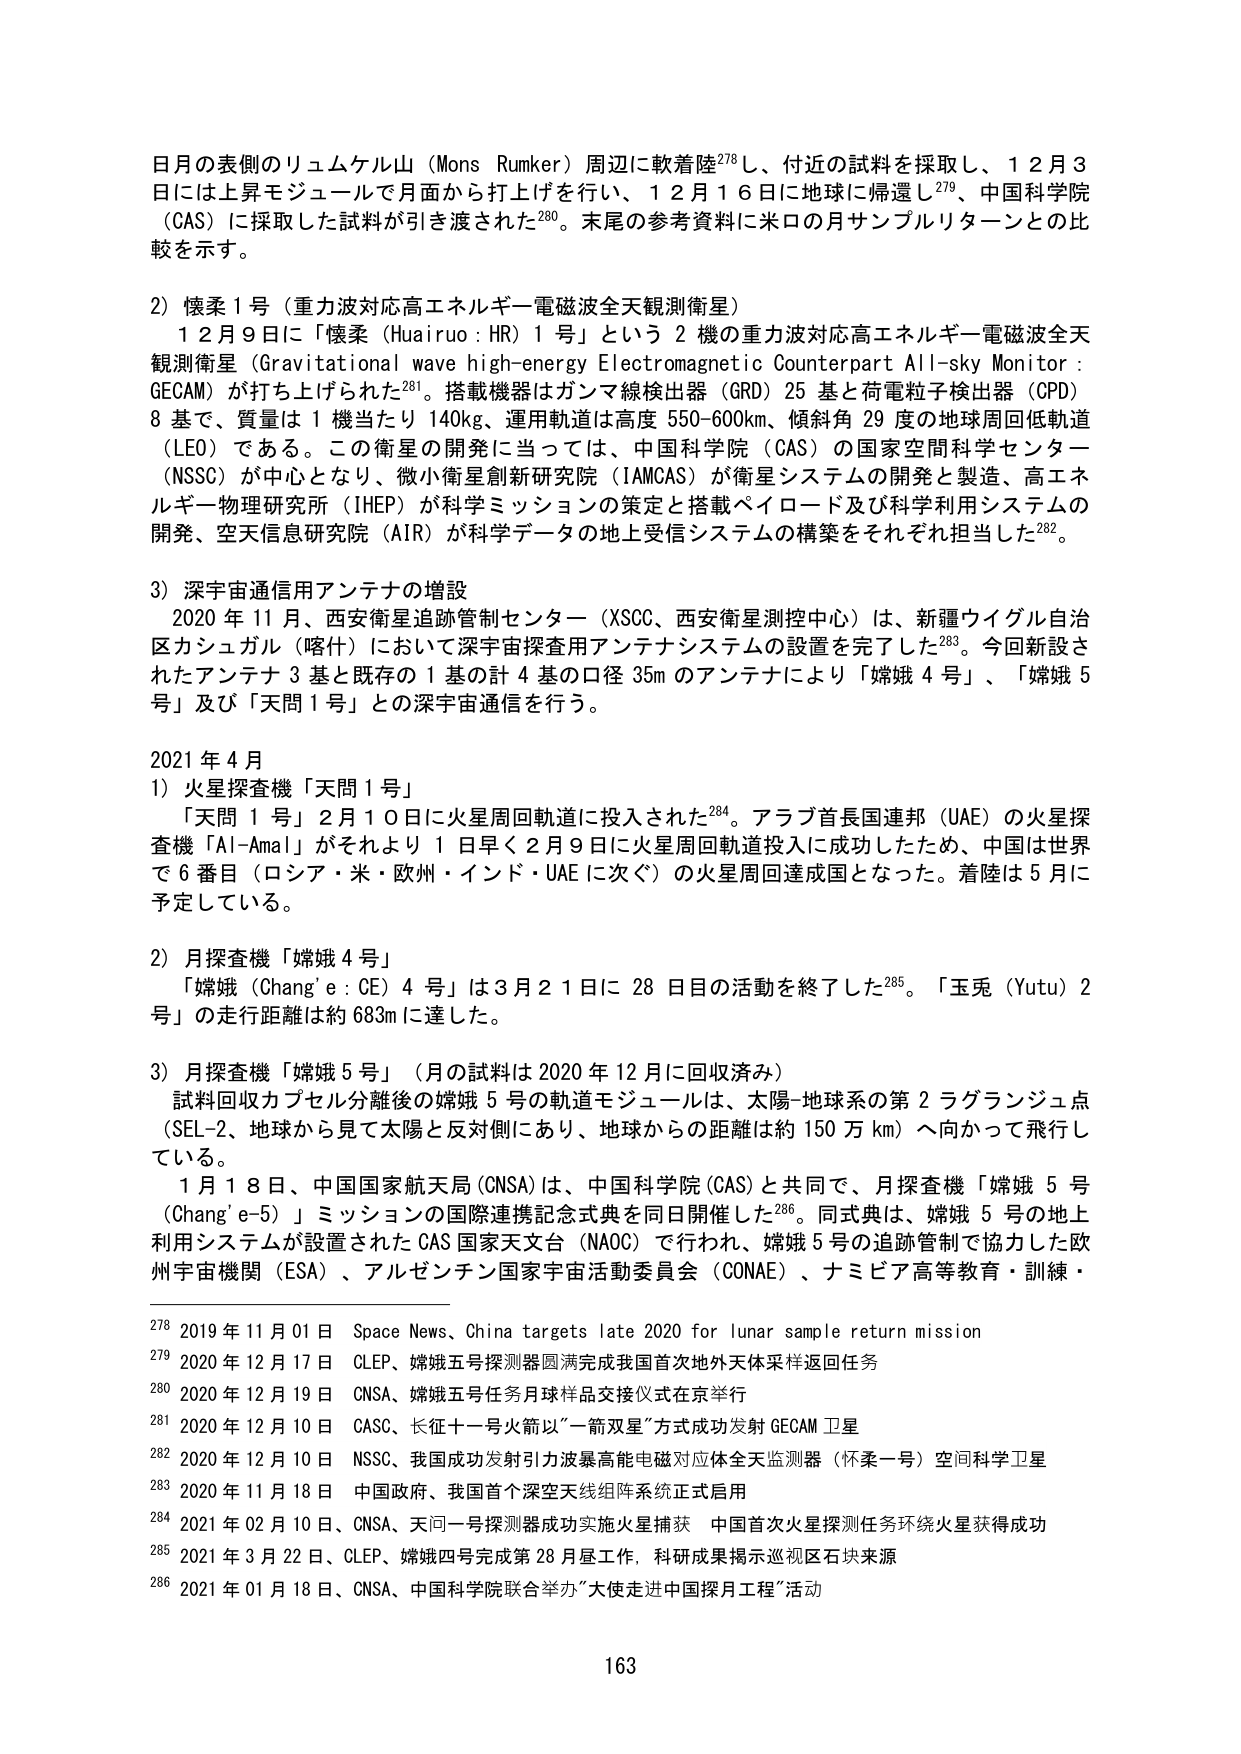
日月の表側のリュムケル山（Mons Rümker）周辺に軟着陸278し、付近の試料を採取し、12月3日には上昇モジュールで月面から打上げを行い、12月16日に地球に帰還し279、中国科学院（CAS）に採取した試料が引き渡された280。末尾の参考資料に米ロの月サンプルリターンとの比較を示す。

2）懐柔1号（重力波対応高エネルギー電磁波全天観測衛星）
　12月9日に「懐柔（Huairuo：HR）1号」という2機の重力波対応高エネルギー電磁波全天観測衛星（Gravitational wave high-energy Electromagnetic Counterpart All-sky Monitor：GECAM）が打ち上げられた281。搭載機器はガンマ線検出器（GRD）25基と荷電粒子検出器（CPD）8基で、質量は1機当たり140kg、運用軌道は高度550-600km、傾斜角29度の地球周回低軌道（LEO）である。この衛星の開発に当たっては、中国科学院（CAS）の国家空間科学センター（NSSC）が中心となり、微小衛星創新研究院（IAMCAS）が衛星システムの開発と製造、高エネルギー物理研究所（IHEP）が科学ミッションの策定と搭載ペイロード及び科学利用システムの開発、空天信息研究院（AIR）が科学データの地上受信システムの構築をそれぞれ担当した282。

3）深宇宙通信用アンテナの増設
　2020年11月、西安衛星追跡管制センター（XSCC、西安衛星測控中心）は、新疆ウイグル自治区カシュガル（喀什）において深宇宙探査用アンテナシステムの設置を完了した283。今回新設されたアンテナ3基と既存の1基の計4基の口径35mのアンテナにより「嫦娥4号」、「嫦娥5号」及び「天問1号」との深宇宙通信を行う。

2021年4月
1）火星探査機「天問1号」
　「天問1号」2月10日に火星周回軌道に投入された284。アラブ首長国連邦（UAE）の火星探査機「Al-Amal」がそれより1日早く2月9日に火星周回軌道投入に成功したため、中国は世界で6番目（ロシア・米・欧州・インド・UAEに次ぐ）の火星周回達成国となった。着陸は5月に予定している。

2）月探査機「嫦娥4号」
　「嫦娥（Chang’e：CE）4号」は3月21日に28日目の活動を終了した285。「玉兎（Yutu）2号」の走行距離は約683mに達した。

3）月探査機「嫦娥5号」（月の試料は2020年12月に回収済み）
　試料回収カプセル分離後の嫦娥5号の軌道モジュールは、太陽-地球系の第2ラグランジュ点（SEL-2、地球から見て太陽と反対側にあり、地球からの距離は約150万km）へ向かって飛行している。
　1月18日、中国国家航天局（CNSA）は、中国科学院（CAS）と共同で、月探査機「嫦娥5号（Chang’e-5）」ミッションの国際連携記念式典を同日開催した286。同式典は、嫦娥5号の地上利用システムが設置されたCAS国家天文台（NAOC）で行われ、嫦娥5号の追跡管制で協力した欧州宇宙機関（ESA）、アルゼンチン国家宇宙活動委員会（CONAE）、ナミビア高等教育・訓練・

278 2019年11月01日 Space News、China targets late 2020 for lunar sample return mission
279 2020年12月17日 CLEP、嫦娥五号探测器圆满完成我国首次地外天体采样返回任务
280 2020年12月19日 CNSA、嫦娥五号任务月球样品交接仪式在京举行
281 2020年12月10日 CASC、长征十一号火箭以“一箭双星”方式成功发射GECAM卫星
282 2020年12月10日 NSSC、我国成功发射引力波暴高能电磁对应体全天监测器（怀柔一号）空间科学卫星
283 2020年11月18日 中国政府、我国首个深空天线组阵系统正式启用
284 2021年02月10日、CNSA、天问一号探测器成功实施火星捕获 中国首次火星探测任务环绕火星获得成功
285 2021年3月22日、CLEP、嫦娥四号完成第28月昼工作，科研成果揭示巡视区石块来源
286 2021年01月18日、CNSA、中国科学院联合举办“大使走进中国探月工程”活动

163